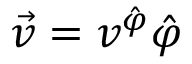
\vec { v } = v ^ { \hat { \varphi } } \hat { \varphi }